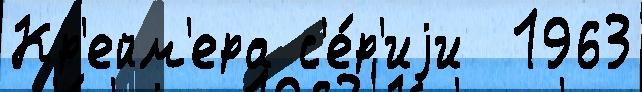
Кр'ейм'ера с'е́р'иjи  1963